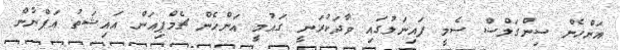
އަންހެން ސިންގަލްސް ސެމީ ފައިނަލުގައި ވާދަކުރަނީ ގައުމީ އަންހެން ޗެމްޕިއަން އައިޝަތު އަފްނާން